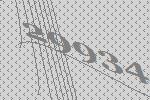
29934